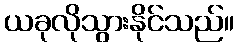
ယခုလိုသွားနိုင်သည်။